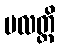
ဗလတ္ထိ